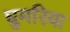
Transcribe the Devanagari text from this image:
घुमरिया